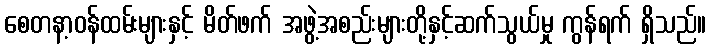
စေတနာ့ဝန်ထမ်းများနှင့် မိတ်ဖက် အဖွဲ့အစည်းများတို့နှင့်ဆက်သွယ်မှု ကွန်ရက် ရှိသည်။